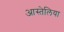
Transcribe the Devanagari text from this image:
आस्तेलिया